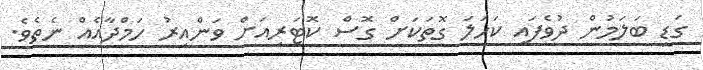
ގަޑި ބަލަމުން ދުވެފައި ކަހަލަ ގޮތަކަށް ގޮސް ކޮޓަރިއަށް ވަންއިރު ހަމްދާއެއް ނެތެވެ.